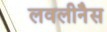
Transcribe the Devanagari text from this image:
लवलीनैस